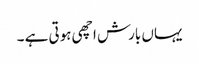
یہاں بارش اچھی ہوتی ہے ۔